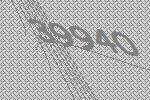
39940